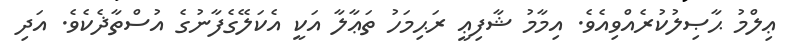
ޢިލްމު ޙާޞިލުކުރެއްވިއެވެ. އިމާމު ޝާފިޢީ ރަޙިމަހު ތަޢާލާ އަކީ އެކަލޭގެފާނުގެ އުސްތާޛެކެވެ. އަދި